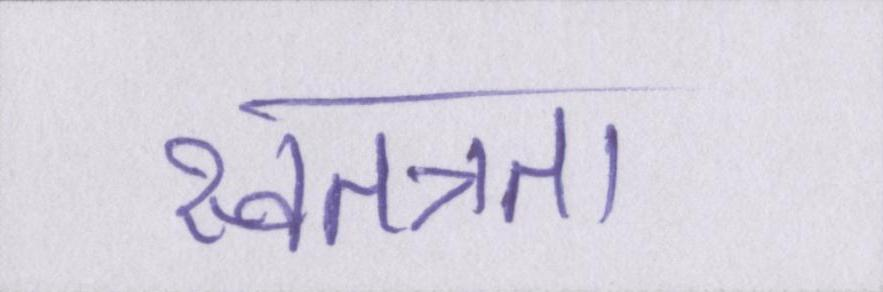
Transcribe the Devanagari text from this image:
स्वतत्रता